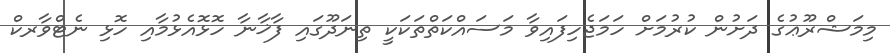
މިމަޝްރޫޢުގެ ދަށުން ކުރުމަށް ހަމަޖެހިފައިވާ މަސައްކަތްތަކަކީ ތިނަދޫގައި ފާޚާނާ ހޮޅޮއެޅުމާއި ހޮޅި ނެޓްވާރކް